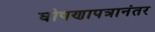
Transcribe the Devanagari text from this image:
घोषणापत्रानंतर